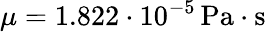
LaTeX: \mu=1.822\cdot 10^{-5}\, \mathrm{Pa\cdot s}